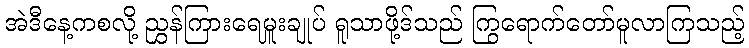
အဲဒီနေ့ကစလို့ ညွှန်ကြားရေမှူးချုပ် ရူသာဖို့ဒ်သည် ကြွရောက်တော်မူလာကြသည့်